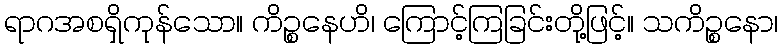
ရာဂအစရှိကုန်သော။ ကိဉ္စနေဟိ၊ ကြောင့်ကြခြင်းတို့ဖြင့်။ သကိဉ္စနော၊